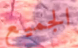
الجميع